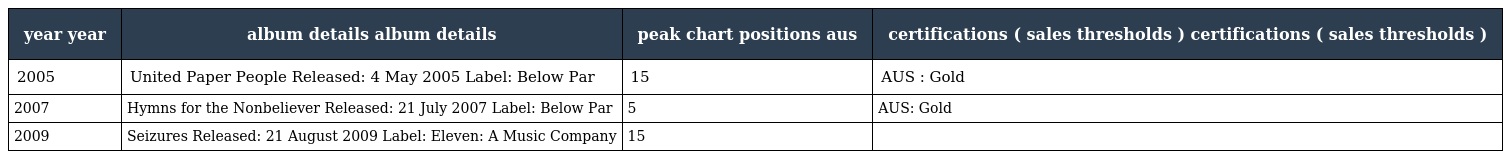
| year year | album details album details | peak chart positions aus | certifications ( sales thresholds ) certifications ( sales thresholds ) |
 | --- | --- | --- | --- |
 | 2005 | United Paper People Released: 4 May 2005 Label: Below Par | 15 | AUS : Gold |
 | 2007 | Hymns for the Nonbeliever Released: 21 July 2007 Label: Below Par | 5 | AUS: Gold |
 | 2009 | Seizures Released: 21 August 2009 Label: Eleven: A Music Company | 15 |  |